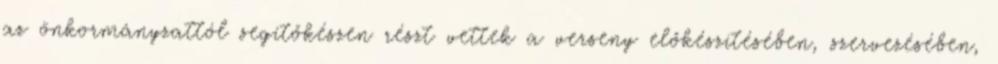
az önkormányzattól segítőkészen részt vettek a verseny előkészítésében, szervezésében,